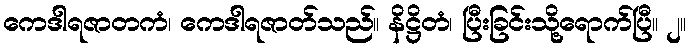
ကေဒါရဇာတကံ၊ ကေဒါရဇာတ်သည်။ နိဋ္ဌိတံ၊ ပြီးခြင်းသို့ရောက်ပြီ။ ၂။